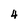
Character: 4